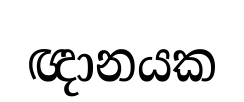
ඥානයක